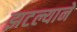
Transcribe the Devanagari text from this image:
झटल्याने